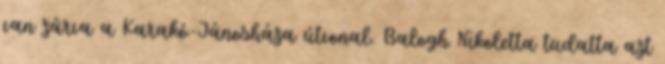
van zárva a Karakó-Jánosháza útvonal. Balogh Nikoletta tudatta azt